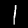
Digit: 1